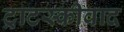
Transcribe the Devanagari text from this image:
ट्राटस्कीवाद